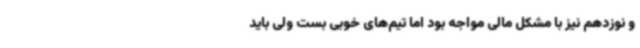
و نوزدهم نیز با مشکل مالی مواجه بود اما تیم‌های خوبی بست ولی باید